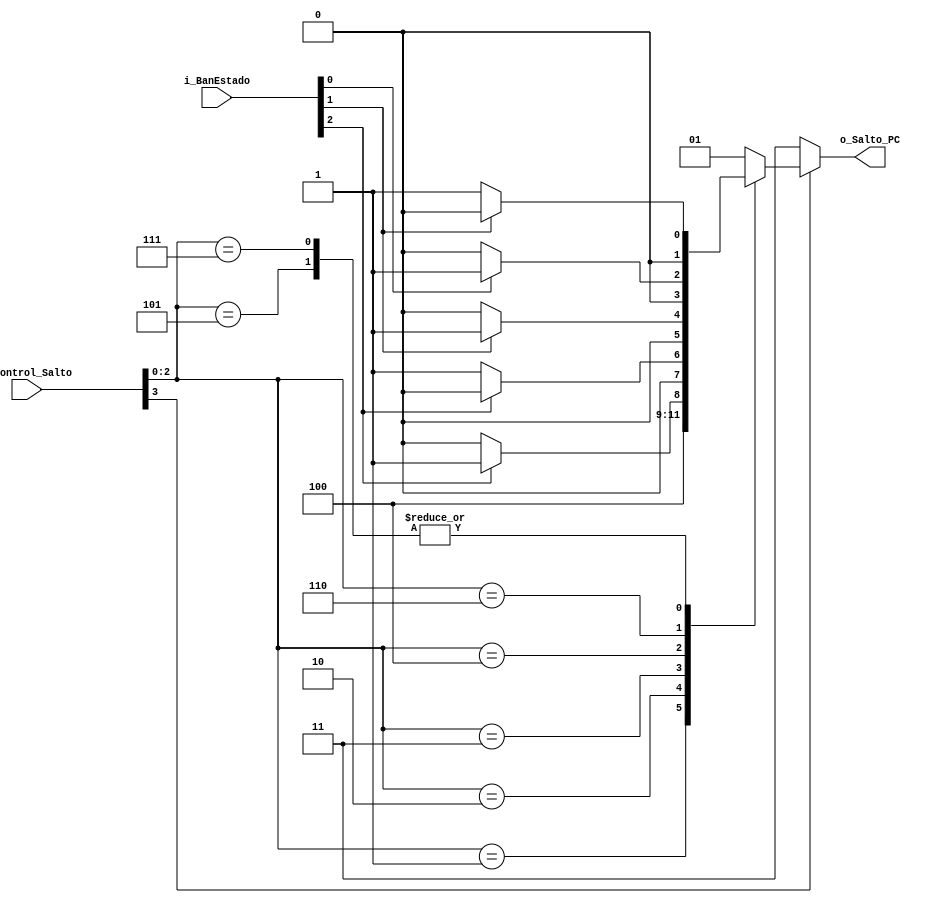
//`timescale 1ns / 1ps
//////////////////////////////////////////////////////////////////////////////////
// Company: 
// Engineer: 
// 
// Design Name: 
// Module Name: Saltos
// Project Name: 
// Target Devices: 
// Tool Versions: 
// Description: 
// 
// Dependencies: 
// 
// Revision:
// Revision 0.01 - File Created
// Additional Comments:
// 
//////////////////////////////////////////////////////////////////////////////////


module Saltos(
    input [3:0] i_Control_Salto,
    input [2:0] i_BanEstado,
    output [1:0] o_Salto_PC
    );
    
    wire [3:0] Control;
    wire [2:0] Estado;
    reg [1:0] PC;
    
    assign o_Salto_PC = PC;
    assign Control = i_Control_Salto;
    assign Estado = i_BanEstado;
    
always @(i_Control_Salto or i_BanEstado)
begin 

    if(Control[3]) begin
        case (Control[2:0])
            3'b001:begin
                PC <= 2'b10;
            end
            3'b010:begin
                if(Estado[2]) begin
                    PC <= 2'b01;
                end
                else begin
                    PC <= 2'b00;
                end
            end
            
            3'b011:begin
                if(!Estado[2]) begin
                    PC <= 2'b01;
                end
                else begin
                    PC <= 2'b00;
                end
            end
            
            3'b100:begin
                if(Estado[1]) begin
                    PC <= 2'b01;
                end
                else begin
                    PC <= 2'b00;
                end
            end
            
            3'b101:begin
                if(!Estado[1]) begin
                    PC <= 2'b01;
                end
                else begin
                    PC <= 2'b00;
                end
            end
            
            3'b110:begin
                if(Estado[0]) begin
                    PC <= 2'b01;
                end
                else begin
                    PC <= 2'b00;
                end
            end
            
            3'b111:begin
                if(!Estado[1]) begin
                    PC <= 2'b01;
                end
                else begin
                    PC <= 2'b00;
                end
            end
            
            default: begin
                PC <= 2'b01;
            end
        endcase
    end
	
	else begin
		PC <= 2'b11;
	end
	
end

endmodule